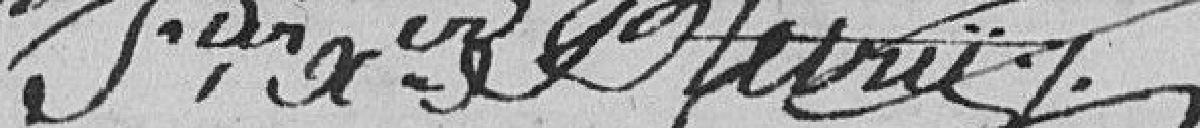
??? BLETRY